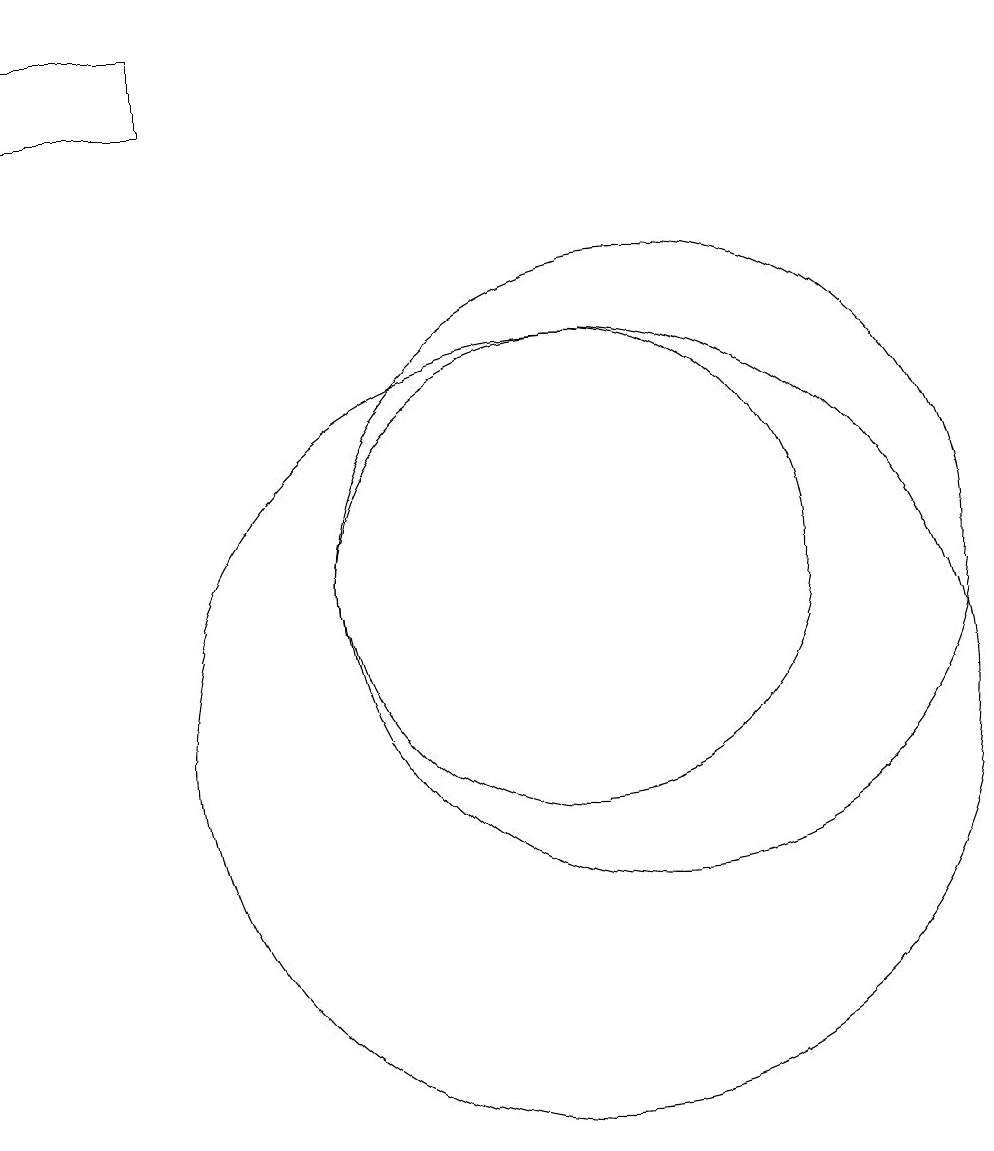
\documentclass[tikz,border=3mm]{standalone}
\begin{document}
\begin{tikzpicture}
\draw (10,10) circle (5);
\draw (10,12) circle (3);
\draw (5,19) rectangle (3,18);
\draw (11,12) circle (4);
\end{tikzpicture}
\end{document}